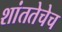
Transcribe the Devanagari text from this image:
शांततेचेच